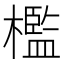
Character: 檻